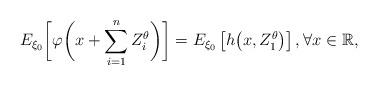
LaTeX: \begin{align*}E_{\xi_0} \biggl[\varphi\biggl(x+\sum_{i=1}^{n} Z_i^\theta\biggr)\biggr]=E_{\xi_0}\left[h\bigl(x,Z_1^\theta\bigr)\right], \forall x\in \mathbb R,\end{align*}